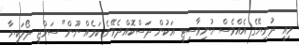
މިއީ ދުނިޔޭގެ އެއްވެސް ޔުނިވާސިޓީ އަކުން ދަސްކޮއްދެވޭނެ ކަމެއް ނޫން" ސަވްޖީ ދޯލަކިޔާ